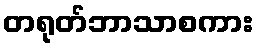
တရုတ်ဘာသာစကား